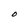
Character: O